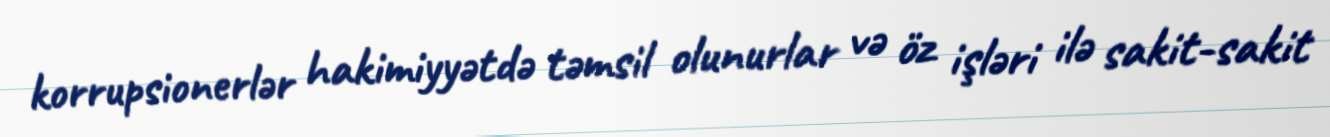
korrupsionerlər hakimiyyətdə təmsil olunurlar və öz işləri ilə sakit-sakit